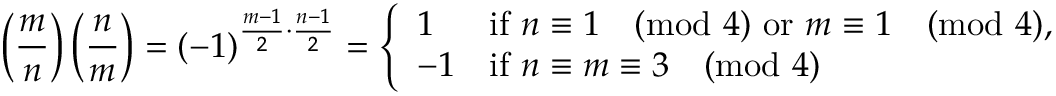
\left( { \frac { m } { n } } \right) \left( { \frac { n } { m } } \right) = ( - 1 ) ^ { { \frac { m - 1 } { 2 } } \cdot { \frac { n - 1 } { 2 } } } = { \left\{ \begin{array} { l l } { 1 } & { { \mathrm { i f ~ } } n \equiv 1 { \pmod { 4 } } { \mathrm { ~ o r ~ } } m \equiv 1 { \pmod { 4 } } , } \\ { - 1 } & { { \mathrm { i f ~ } } n \equiv m \equiv 3 { \pmod { 4 } } } \end{array} \right. }